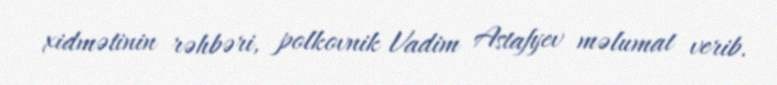
xidmətinin rəhbəri, polkovnik Vadim Astafyev məlumat verib.